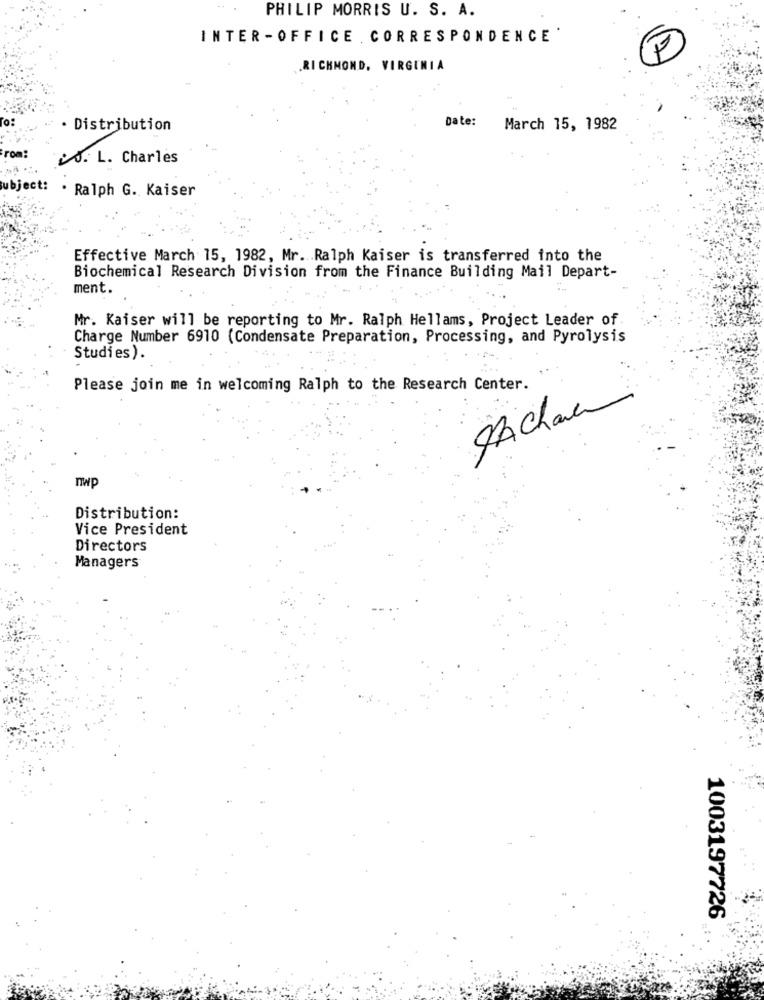
PHILIP MORRIS U. S. A.
INTER-OFFICE . CORRESPONDENCE .
F
RICHMOND, VIRGINIA
Date:
· Distribution
March 15, 1982
S. L. Charles
ject:
. Ralph G. Kaiser
Effective March 15, 1982, Mr. Ralph Kaiser is transferred into the
Biochemical Research Division from the Finance Building Mail Depart-
ment.
Mr. Kaiser will be reporting to Mr. Ralph Hellams, Project Leader of
Charge Number 6910 (Condensate Preparation, Processing, and Pyrolysis
Studies).
Please join me in welcoming Ralph to the Research Center.
Pachana
TWp
Distribution:
Vice President
Directors
Managers
1003197726